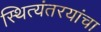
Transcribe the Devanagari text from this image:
स्थित्यंतरयांचा